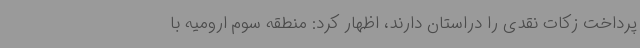
پرداخت زکات نقدی را دراستان دارند، اظهار کرد: منطقه سوم ارومیه با